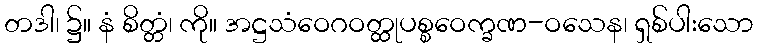
တဒါ၊ ၌။ နံ စိတ္တံ၊ ကို။ အဋ္ဌသံဝေဂဝတ္ထုပစ္စဝေက္ခဏ-ဝသေန၊ ရှစ်ပါးသော